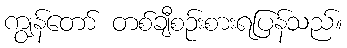
ကျွန်တော် တစ်ချီစဉ်းစားရပြန်သည်။